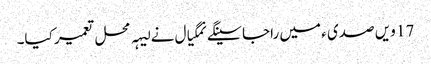
17 ویں صدی ء میں راجا سینگے نمگیال نے لیہہ محل تعمیر کیا۔